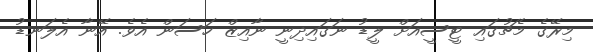
މިރޭގެ މެޗުގައި ޓީސީއަށް ލީޑު ނަގައިދިނީ ނާއިޒް ހަސަން އެވެ. އޭނާ އެލަނޑު